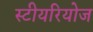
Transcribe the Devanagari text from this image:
स्टीयरियोज